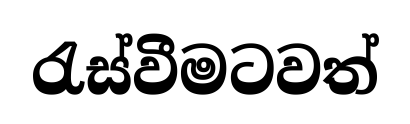
රැස්වීමටවත්